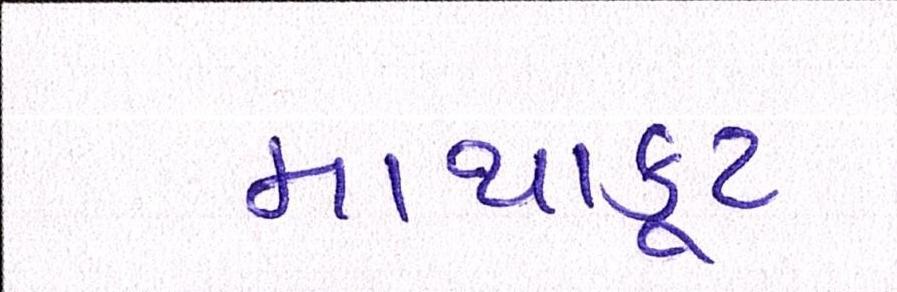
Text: માથાકૂટ